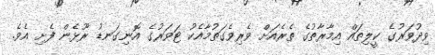
ވިދުވަރުގެ ކީލިތައް އިމާރާތުގެ ތެރެއަށް ވެރިވެގަތުމާއެކު ޓަވަރުގެ އޮނިގަނޑު ރޫޅެން ފެށި އެވެ.